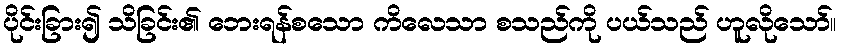
ပိုင်းခြား၍ သိခြင်း၏ ဘေးရန်စသော ကိလေသာ စသည်ကို ပယ်သည် ဟူလိုသော်။